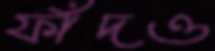
ফাঁদও